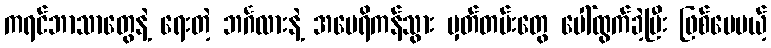
ကရင်ဘာသာတွေနဲ့ ရေးတဲ့ ဘင်္ဂလားနဲ့ အမေရိကန်သွား မှတ်တမ်းတွေ ပေါ်ထွက်ခဲ့ပြီး ဖြစ်ပေမယ့်